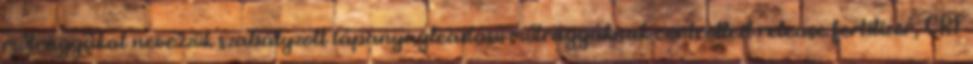
műtrágyákat nevezzük szabályzott tápanyagleadású műtrágyáknak controlled release fertilizer, CRF